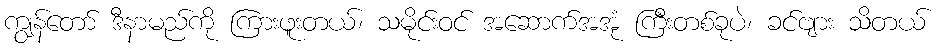
ကျွန်တော် ဒီနာမည်ကို ကြားဖူးတယ်၊ သမိုင်းဝင် အဆောက်အအုံ ကြီးတစ်ခုပဲ၊ ခင်ဗျား သိတယ်